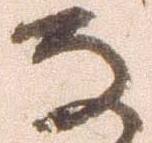
な